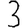
Digit: 3